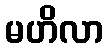
မဟိလာ